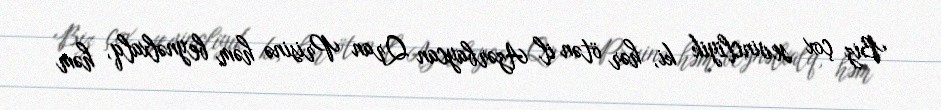
Biz çox sevincliyik ki, hər ötən il Azərbaycan Qran Prisinə həm beynəlxalq, həm